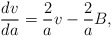
\begin{align*}\frac{dv}{da} = \frac2{a} v - \frac2{a} B, \end{align*}